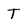
Character: T